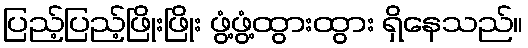
ပြည့်ပြည့်ဖြိုးဖြိုး ဖွံ့ဖွံ့ထွားထွား ရှိနေသည်။